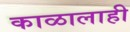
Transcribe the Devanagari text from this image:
काळालाही